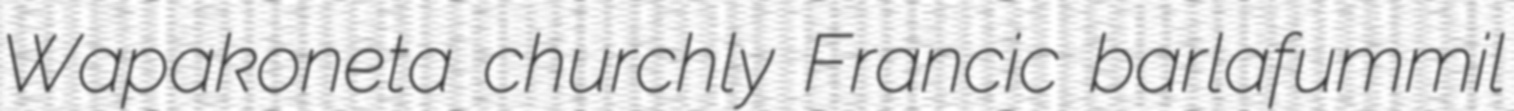
Wapakoneta churchly Francic barlafummil